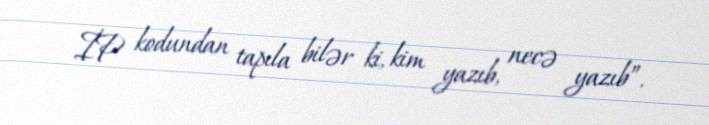
İP kodundan tapıla bilər ki, kim yazıb, necə yazıb”.